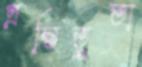
প্রস্তিতুতা